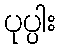
ပုပ္ပါး